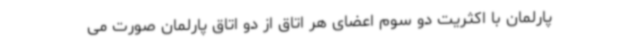
پارلمان با اکثریت دو سوم اعضای هر اتاق از دو اتاق پارلمان صورت می